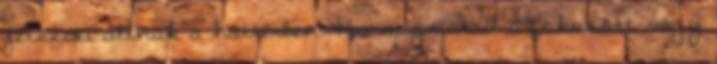
jelzései állnak a háttérben. Ha megmarad a fokozott vágy